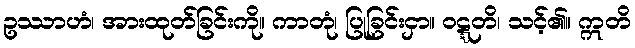
ဥဿာဟံ၊ အားထုတ်ခြင်းကို။ ကာတုံ၊ ပြုခြင်းငှာ။ ဝဋ္ဋတိ၊ သင့်၏။ ဣတိ